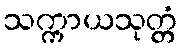
သက္ကာယသုတ္တံ